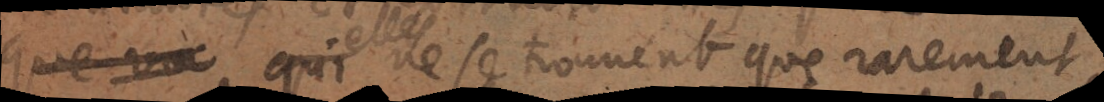
que va qui elles ne se trouvent que rarement,